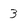
Character: 3